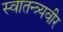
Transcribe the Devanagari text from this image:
स्वातन्त्र्यवीर